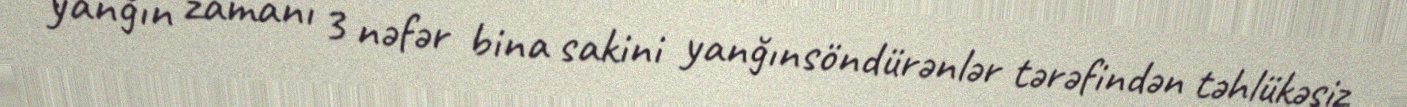
yanğın zamanı 3 nəfər bina sakini yanğınsöndürənlər tərəfindən təhlükəsiz